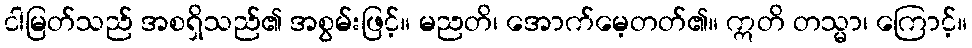
ငါမြတ်သည် အစရှိသည်၏ အစွမ်းဖြင့်။ မညတိ၊ အောက်မေ့တတ်၏။ ဣတိ တသ္မာ၊ ကြောင့်။